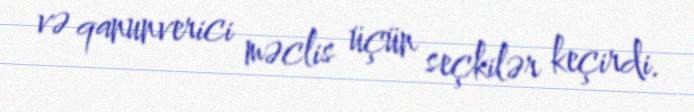
və qanunverici məclis üçün seçkilər keçirdi.